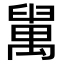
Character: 𦦔